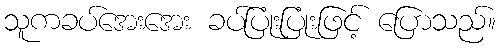
သူကခပ်အေးအေး ခပ်ပြုံးပြုံးဖြင့် ပြောသည်။